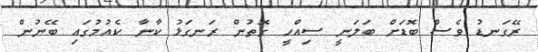
ރޭގަނޑު ވެސް ބޮޑަށް ބަލަނީ ސިއްހީ ގޮތުން ރަނގަޅު ކާނާ ކެއުމުގައި ބޭނުން